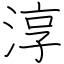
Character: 淳